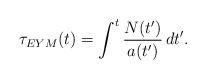
\begin{align*}\tau_{EYM}(t)=\int^t \frac{N(t')}{a(t')} \, dt'.\end{align*}